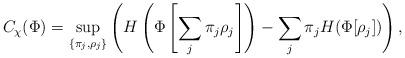
LaTeX: \begin{align*}C_{\chi }(\Phi )=\sup_{\left\{ \pi _{j},\rho _{j}\right\} }\left( H\left(\Phi \left[ \sum_{j}\pi _{j}\rho _{j}\right] \right) -\sum_{j}\pi _{j}H(\Phi[ \rho _{j}])\right) , \end{align*}